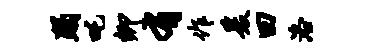
蹋吒卿有作爰曰洛